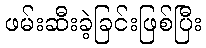
ဖမ်းဆီးခဲ့ခြင်းဖြစ်ပြီး